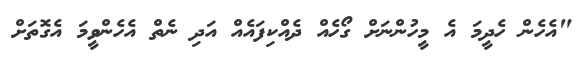
"އެހެން ހެދީމަ އެ މީހުންނަށް ގޯހެއް ދެއްކިފައެއް އަދި ނެތް އެހެންވީމަ އެގޮތަށް